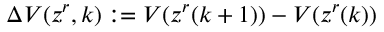
\Delta V ( z ^ { r } , k ) : = V ( z ^ { r } ( k + 1 ) ) - V ( z ^ { r } ( k ) )